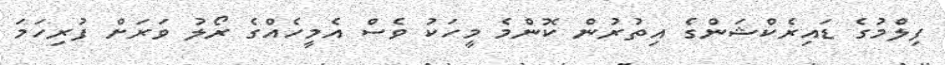
ފިލްމުގެ ޑައިރެކްޝަންގެ އިތުރުން ކޮންމެ މީހަކު ވެސް އެމީހެއްގެ ރޯލު ވަރަށް ފުރިހަމަ